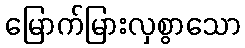
မြောက်မြားလှစွာသော